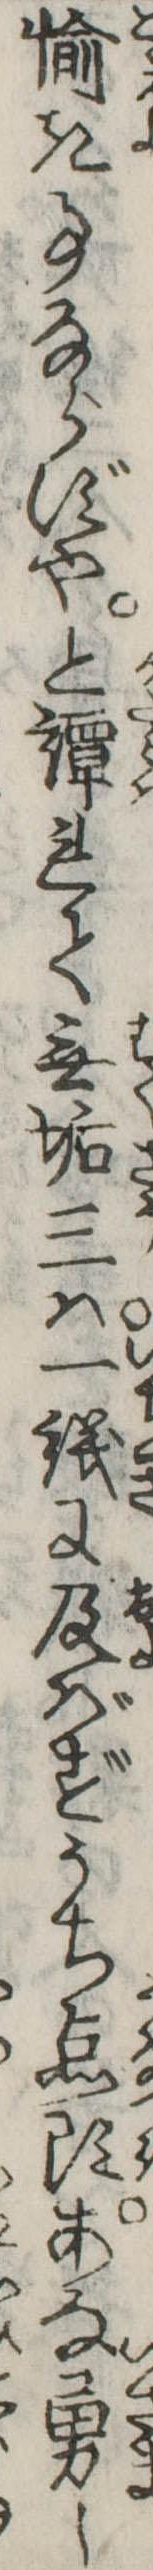
愉き事ならずやと譚れて無垢三は一議に及ばずうち点頭あな勇し